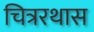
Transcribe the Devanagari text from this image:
चित्ररथास